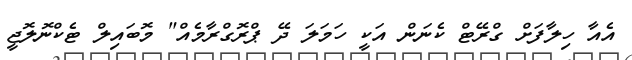
އެއާ ހިލާފަށް ގްރޭޓް ކެނަން އަކީ ހަމަލަ ދޭ ޕްރޮގްރާމެއް" މޮބައިލް ޓެކްނޮލޮޖީ